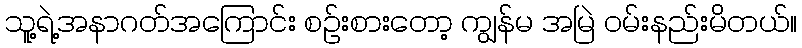
သူ့ရဲ့အနာဂတ်အကြောင်း စဉ်းစားတော့ ကျွန်မ အမြဲ ဝမ်းနည်းမိတယ်။